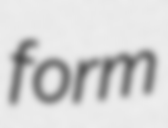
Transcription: form